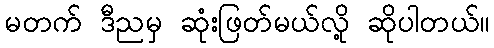
မတက် ဒီညမှ ဆုံးဖြတ်မယ်လို့ ဆိုပါတယ်။